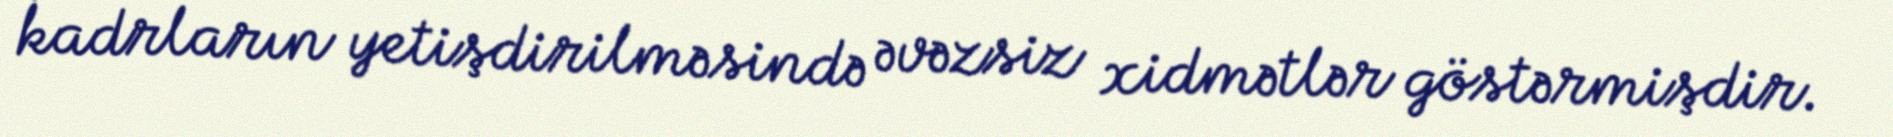
kadrların yetişdirilməsində əvəzsiz xidmətlər göstərmişdir.